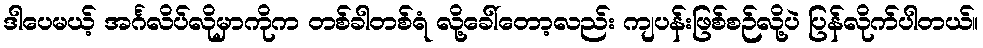
ဒါပေမယ့် အင်္ဂလိပ်လိုမှာကိုက တစ်ခါတစ်ရံ လို့ခေါ်တော့လည်း ကျပန်းဖြစ်စဉ်လို့ပဲ ပြန်လိုက်ပါတယ်။